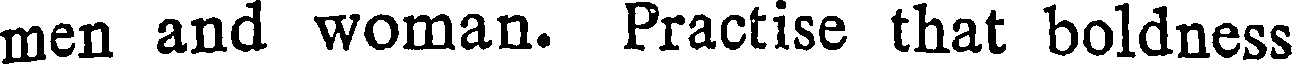
men and woman. Practise that boldness